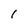
Character: I